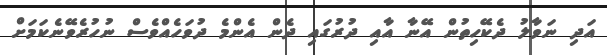
އަދި ނަވާލު ދެކޭހިތުން އޭނާ އާއި ދުރުގައި ދެން އެންމެ ދުވަހެއްވެސް ނުހުރެވޭނެކަމަށް